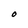
Character: O